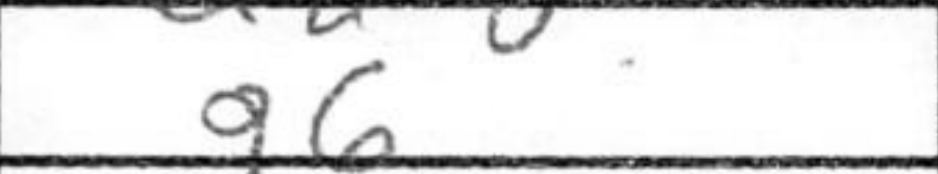
Transcription: g6